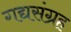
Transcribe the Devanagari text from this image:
गद्यसंग्रह